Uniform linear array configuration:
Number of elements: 4
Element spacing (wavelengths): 0.5
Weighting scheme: kaiser
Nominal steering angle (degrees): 45
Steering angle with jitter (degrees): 45.829
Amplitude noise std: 0.05
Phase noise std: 0.05

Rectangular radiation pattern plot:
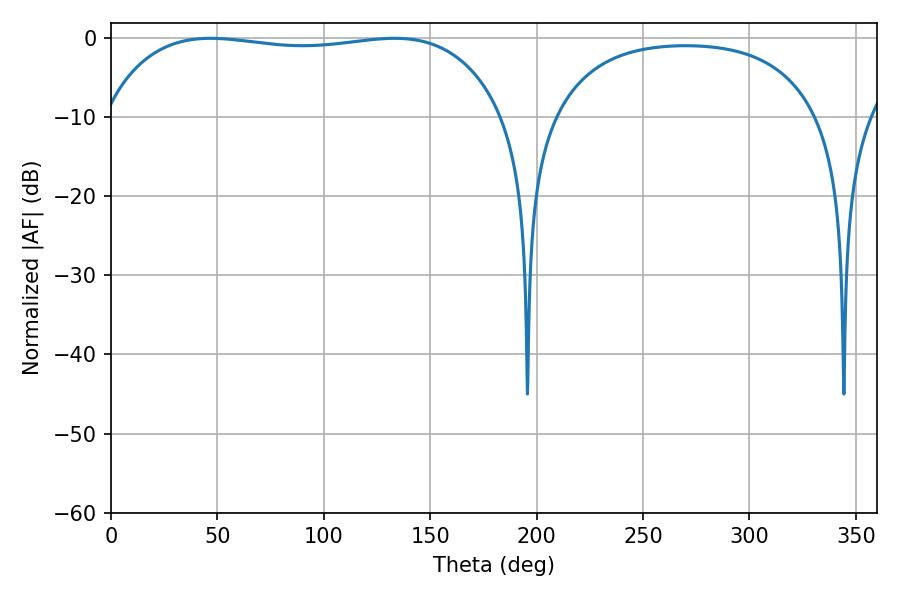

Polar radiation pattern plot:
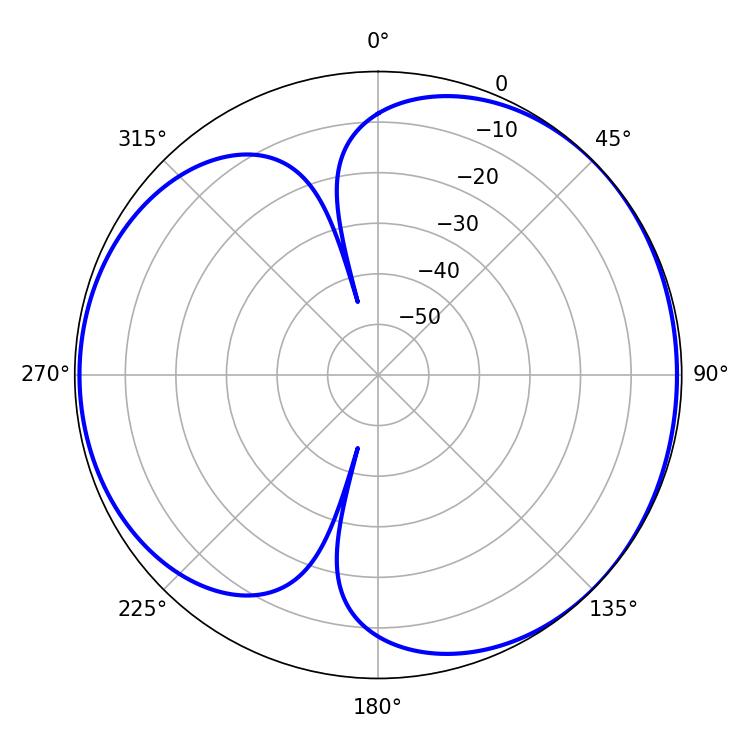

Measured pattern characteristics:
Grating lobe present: FALSE
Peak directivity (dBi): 4.57
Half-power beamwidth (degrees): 150.48
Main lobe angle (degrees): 46.8